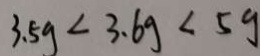
3 . 5 g < 3 . 6 g < 5 g